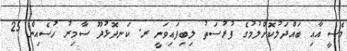
މެސީ އާއި ބައްދަލުކޮށްލުމުގެ ފުރުސަތު ލިބިފައިވަނީ ރ. ކަނދޮޅުދޫ ސާމިރު ހުސެއިން 25